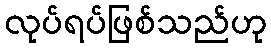
လုပ်ရပ်ဖြစ်သည်ဟု